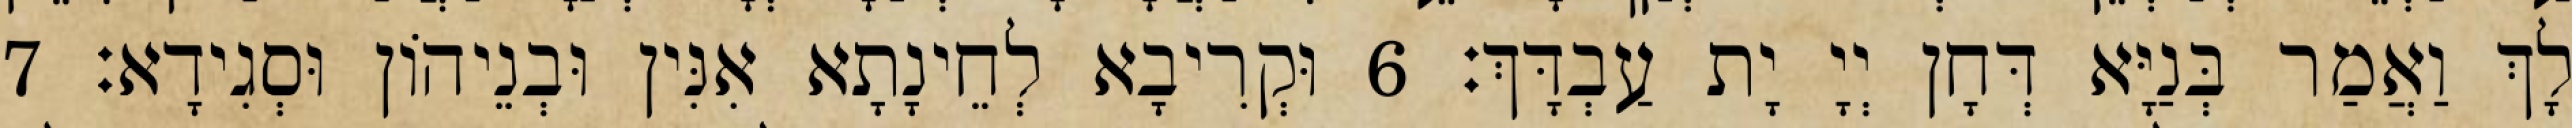
לָךְ וַאֲמַר בְּנַיָּא דְּחָן יְיָ יָת עַבְדָּךְ׃ 6 וּקְרִיבָא לְחֵינָתָא אִנִּין וּבְנֵיהוֹן וּסְגִידָא׃ 7